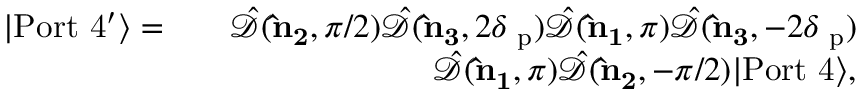
\begin{array} { r l r } { | \mathrm { P o r t \ 4 ^ { \prime } } \rangle = } & { } & { \hat { \mathcal { D } } ( { \bf \hat { n } _ { 2 } } , \pi / 2 ) \hat { \mathcal { D } } ( { \bf \hat { n } _ { 3 } } , 2 \delta { \it \Psi } _ { \mathrm { p } } ) \hat { \mathcal { D } } ( { \bf \hat { n } _ { 1 } } , \pi ) \hat { \mathcal { D } } ( { \bf \hat { n } _ { 3 } } , - 2 \delta { \it \Psi } _ { \mathrm { p } } ) } \\ & { } & { \hat { \mathcal { D } } ( { \bf \hat { n } _ { 1 } } , \pi ) \hat { \mathcal { D } } ( { \bf \hat { n } _ { 2 } } , - \pi / 2 ) | \mathrm { P o r t \ 4 } \rangle , } \end{array}